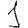
Digit: 1